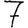
Digit: 7